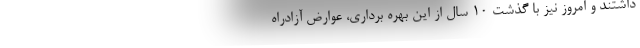
داشتند و امروز نیز با گذشت ۱۰ سال از این بهره برداری، عوارض آزادراه